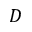
D